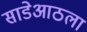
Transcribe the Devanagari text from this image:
साडेआठला